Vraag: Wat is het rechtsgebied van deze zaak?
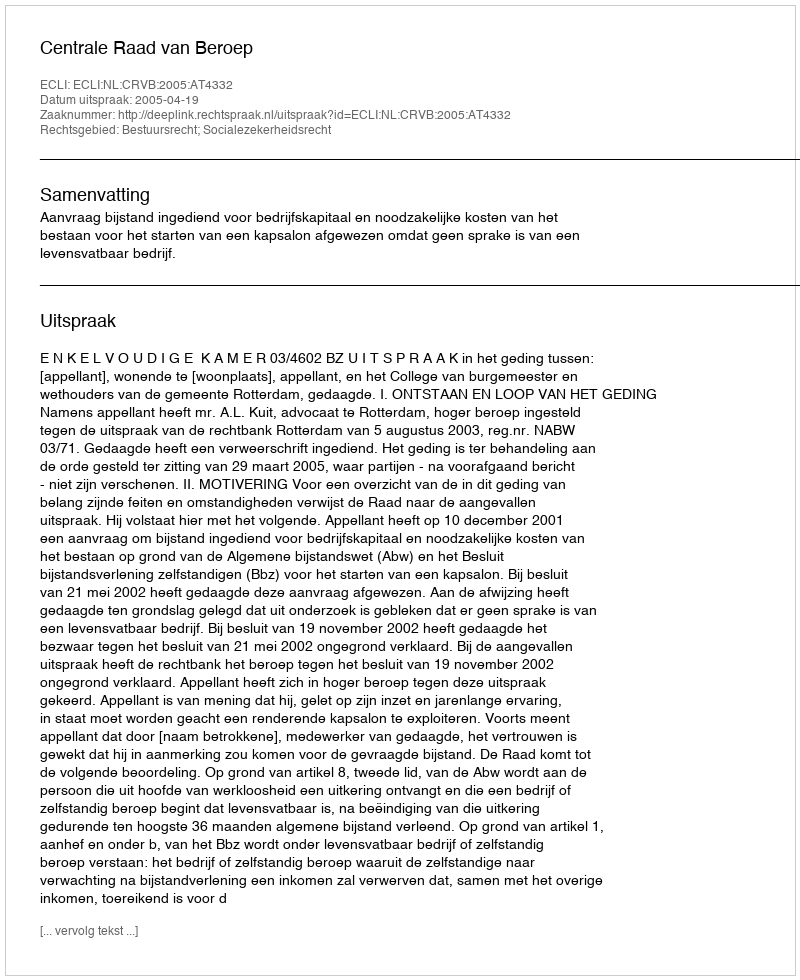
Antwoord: Bestuursrecht; Socialezekerheidsrecht